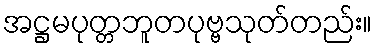
အဋ္ဌမပုတ္တဘူတပုဗ္ဗသုတ်တည်း။